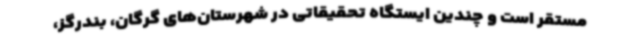
مستقر است و چندین ایستگاه تحقیقاتی در شهرستان‌های گرگان، بندرگز،